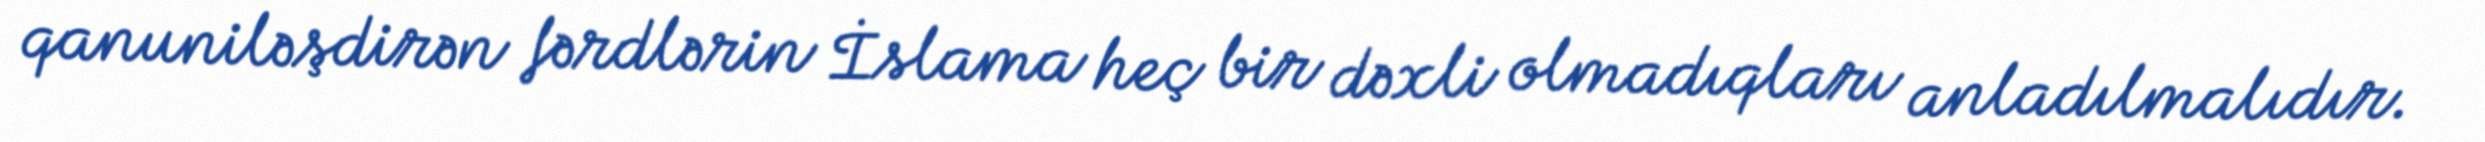
qanuniləşdirən fərdlərin İslama heç bir dəxli olmadıqları anladılmalıdır.